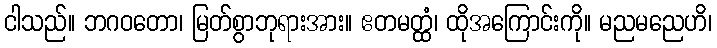
ငါသည်။ ဘဂဝတော၊ မြတ်စွာဘုရားအား။ ဧတမတ္ထံ၊ ထိုအကြောင်းကို။ မညမညေဟိ၊